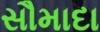
સૌમાદા